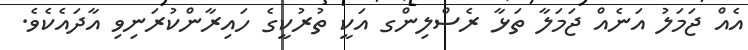
އެއް ޖަމަލު އަނެއް ޖަމަލާ ތަޅާ ރެސްލިންގ އަކީ ތުރުކީގެ ހައިރާންކުރަނިވި އާދައެކެވެ.